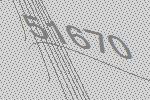
51670